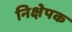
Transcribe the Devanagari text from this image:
निक्षेपक